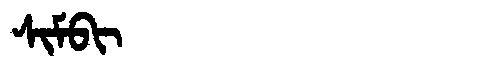
Manchu: ᠰᡳᠮᠪᡳ
Romanization: SIMBI